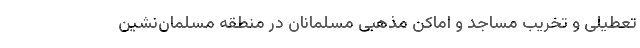
تعطیلی و تخریب مساجد و اماکن مذهبی مسلمانان در منطقه مسلمان‌نشین